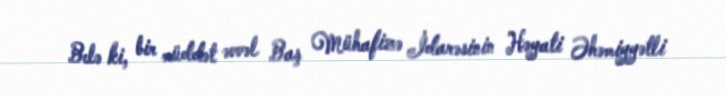
Belə ki, bir müddət əvvəl Baş Mühafizə İdarəsinin Həyati Əhəmiyyətli